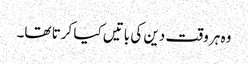
وہ ہر وقت دین کی باتیں کیا کرتا تھا۔